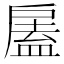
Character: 𢩘